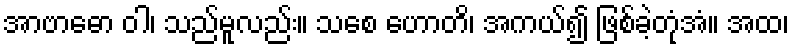
အာဗာဓော ဝါ၊ သည်မူလည်း။ သစေ ဟောတိ၊ အကယ်၍ ဖြစ်ခဲ့တုံအံ။ အထ၊